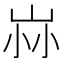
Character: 𡶿